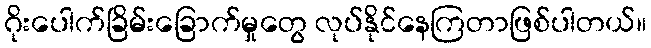
ဂိုးပေါက်ခြိမ်းခြောက်မှုတွေ လုပ်နိုင်နေကြတာဖြစ်ပါတယ်။